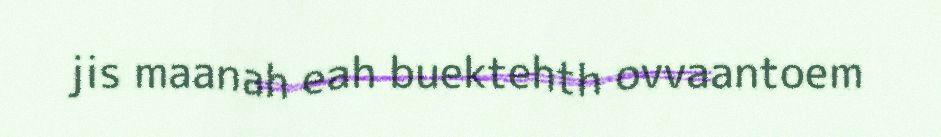
jis maanah eah buektehth ovvaantoem